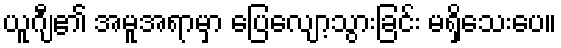
ယူဂျီ၏ အမူအရာမှာ ပြေလျော့သွားခြင်း မရှိသေးပေ။